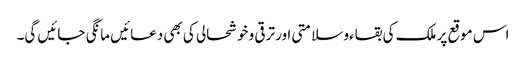
اس موقع پر ملک کی بقاءو سلامتی اور ترقی و خوشحالی کی بھی دعائیں مانگی جائیں گی۔